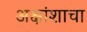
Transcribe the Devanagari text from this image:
अक्षांशाचा